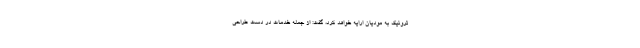
ترونیک به مودیان ارایه خواهد کرد، گفت: از جمله خدمات در دست طراحی